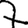
Digit: 7